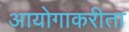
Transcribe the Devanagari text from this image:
आयोगाकरीता